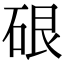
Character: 硍